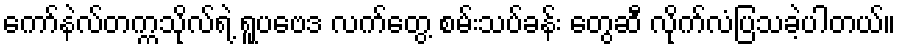
ကော်နဲလ်တက္ကသိုလ်ရဲ့ ရူပဗေဒ လက်တွေ့ စမ်းသပ်ခန်း တွေဆီ လိုက်လံပြသခဲ့ပါတယ်။